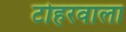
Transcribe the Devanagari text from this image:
टोहरवाला